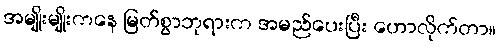
အမျိုးမျိုးကနေ မြတ်စွာဘုရားက အမည်ပေးပြီး ဟောလိုက်တာ။